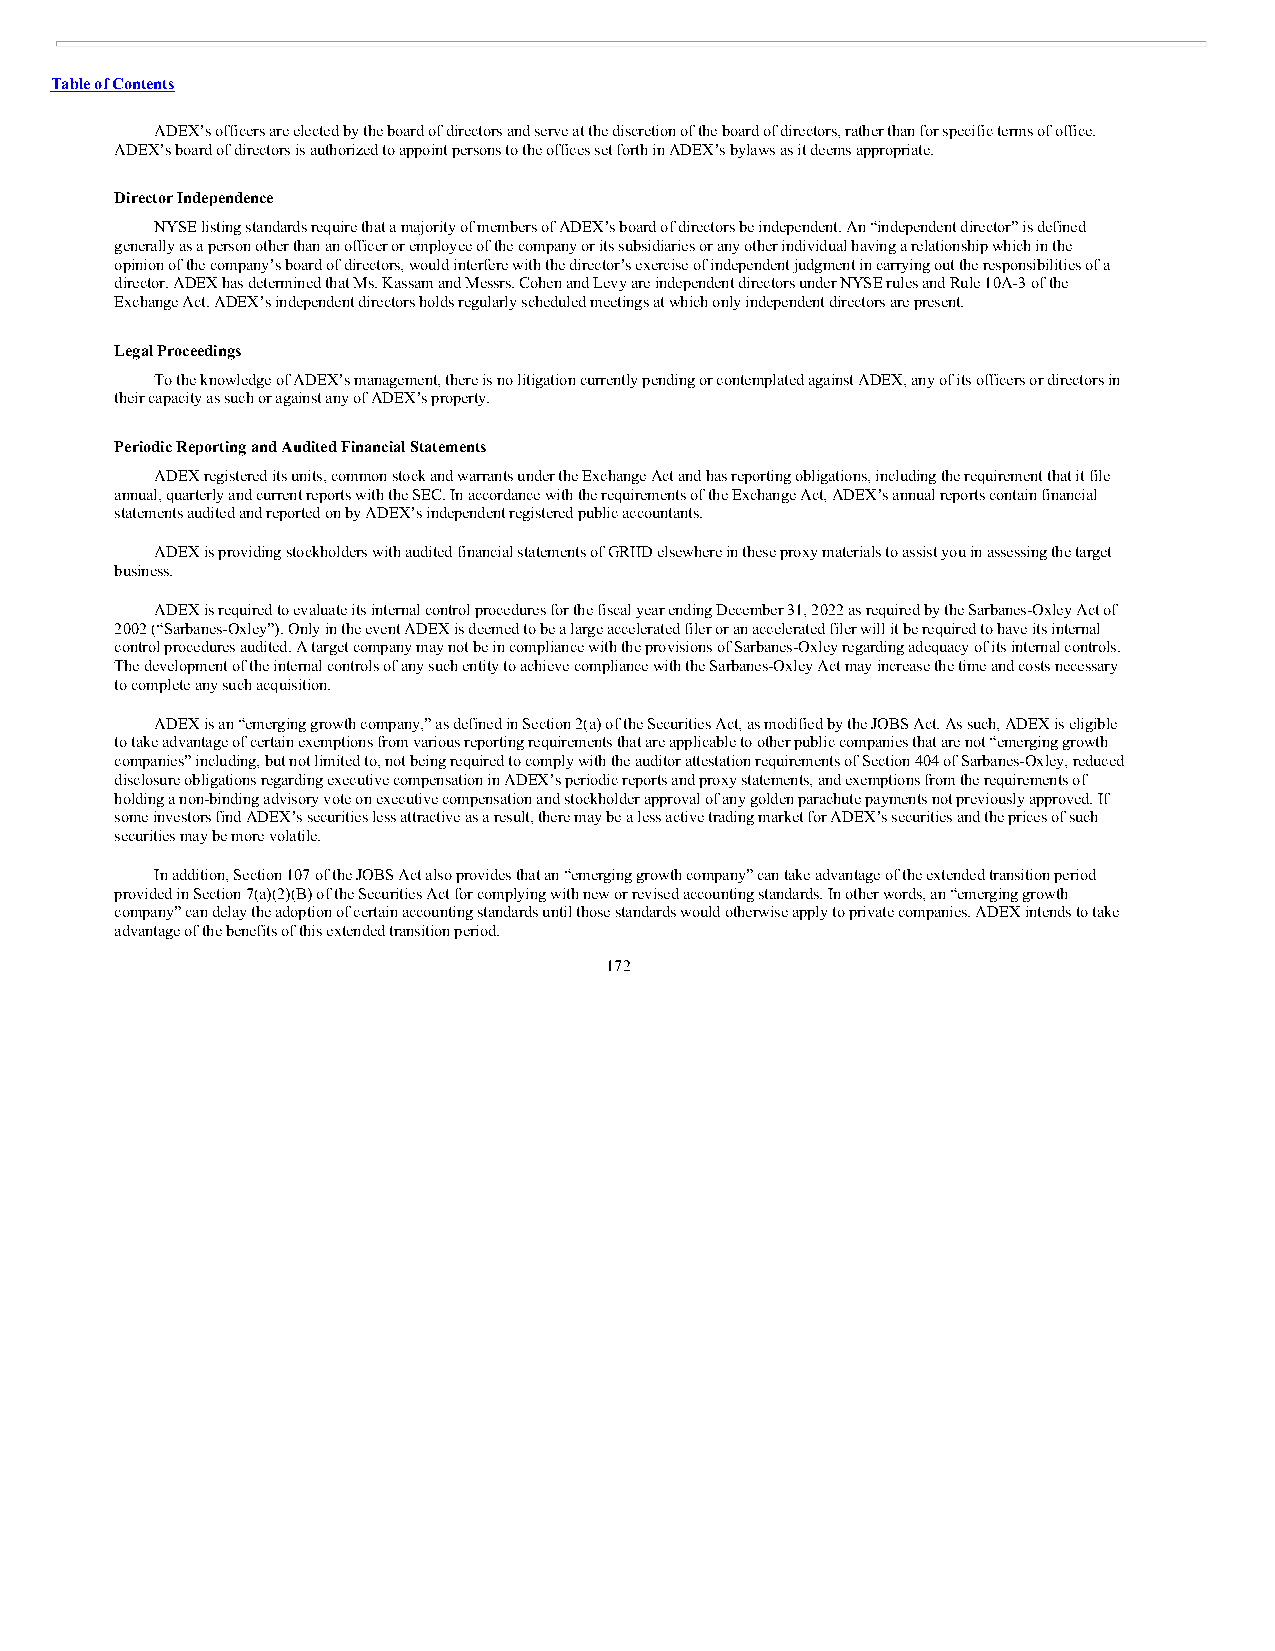
Table of Contents
 ADEX’s officers are elected by the board of directors and serve at the discretion of the board of directors, rather than for specific terms of office.
 ADEX’s board of directors is authorized to appoint persons to the offices set forth in ADEX’s bylaws as it deems appropriate.
 Director Independence
 NYSE listing standards require that a majority of members of ADEX’s board of directors be independent. An “independent director” is defined
 generally as a person other than an officer or employee of the company or its subsidiaries or any other individual having a relationship which in the
 opinion of the company’s board of directors, would interfere with the director’s exercise of independent judgment in carrying out the responsibilities of a
 director. ADEX has determined that Ms. Kassam and Messrs. Cohen and Levy are independent directors under NYSE rules and Rule 10A-3 of the
 Exchange Act. ADEX’s independent directors holds regularly scheduled meetings at which only independent directors are present.
 Legal Proceedings
 To the knowledge of ADEX’s management, there is no litigation currently pending or contemplated against ADEX, any of its officers or directors in
 their capacity as such or against any of ADEX’s property.
 Periodic Reporting and Audited Financial Statements
 ADEX registered its units, common stock and warrants under the Exchange Act and has reporting obligations, including the requirement that it file
 annual, quarterly and current reports with the SEC. In accordance with the requirements of the Exchange Act, ADEX’s annual reports contain financial
 statements audited and reported on by ADEX’s independent registered public accountants.
 ADEX is providing stockholders with audited financial statements of GRIID elsewhere in these proxy materials to assist you in assessing the target
 business.
 ADEX is required to evaluate its internal control procedures for the fiscal year ending December 31, 2022 as required by the Sarbanes-Oxley Act of
 2002 (“Sarbanes-Oxley”). Only in the event ADEX is deemed to be a large accelerated filer or an accelerated filer will it be required to have its internal
 control procedures audited. A target company may not be in compliance with the provisions of Sarbanes-Oxley regarding adequacy of its internal controls.
 The development of the internal controls of any such entity to achieve compliance with the Sarbanes-Oxley Act may increase the time and costs necessary
 to complete any such acquisition.
 ADEX is an “emerging growth company,” as defined in Section 2(a) of the Securities Act, as modified by the JOBS Act. As such, ADEX is eligible
 to take advantage of certain exemptions from various reporting requirements that are applicable to other public companies that are not “emerging growth
 companies” including, but not limited to, not being required to comply with the auditor attestation requirements of Section 404 of Sarbanes-Oxley, reduced
 disclosure obligations regarding executive compensation in ADEX’s periodic reports and proxy statements, and exemptions from the requirements of
 holding a non-binding advisory vote on executive compensation and stockholder approval of any golden parachute payments not previously approved. If
 some investors find ADEX’s securities less attractive as a result, there may be a less active trading market for ADEX’s securities and the prices of such
 securities may be more volatile.
 In addition, Section 107 of the JOBS Act also provides that an “emerging growth company” can take advantage of the extended transition period
 provided in Section 7(a)(2)(B) of the Securities Act for complying with new or revised accounting standards. In other words, an “emerging growth
 company” can delay the adoption of certain accounting standards until those standards would otherwise apply to private companies. ADEX intends to take
 advantage of the benefits of this extended transition period.
 172